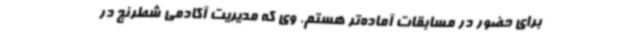
برای حضور در مسابقات آماده‌تر هستم. وی که مدیریت آکادمی شطرنج در